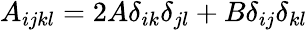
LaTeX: \begin{array}{r}{A_{ijkl}=2A\delta_{ik}\delta_{jl}+B\delta_{ij}\delta_{kl}}\end{array}